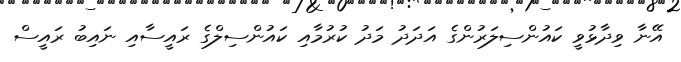
އޭނާ ވިދާޅުވީ ކައުންސިލަރުންގެ އަދަދު މަދު ކުރުމާއި ކައުންސިލްގެ ރައީސާއި ނައިބު ރައީސް